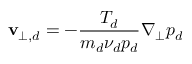
\mathbf { v } _ { \perp , d } = - \frac { T _ { d } } { m _ { d } \nu _ { d } p _ { d } } \nabla _ { \perp } p _ { d }